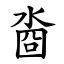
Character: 㴅